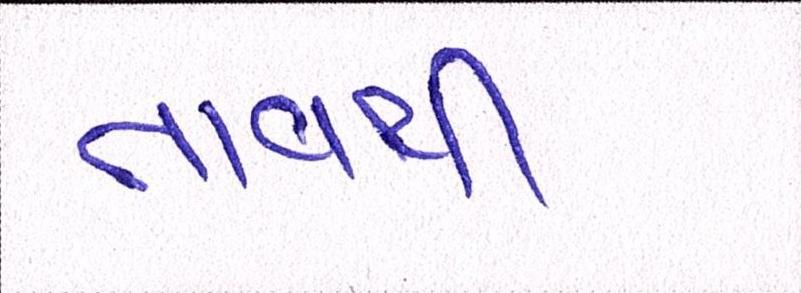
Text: તાવથી